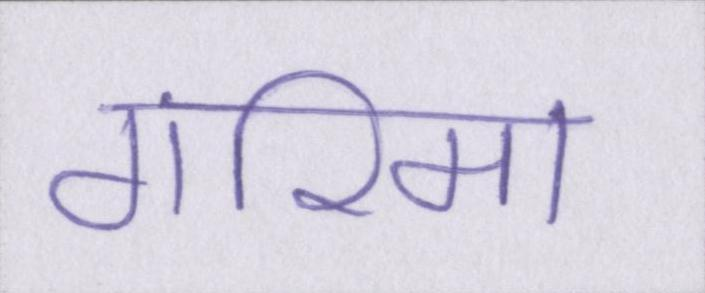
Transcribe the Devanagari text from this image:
गरिमा